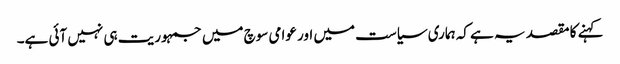
کہنے کا مقصد یہ ہے کہ ہماری سیاست میں اور عوامی سوچ میں جمہوریت ہی نہیں آئی ہے۔